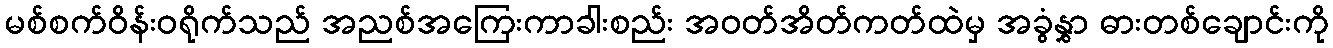
မစ်စက်ဝိန်းဝရိုက်သည် အညစ်အကြေးကာခါးစည်း အဝတ်အိတ်ကတ်ထဲမှ အခွံနွှာ ဓားတစ်ချောင်းကို